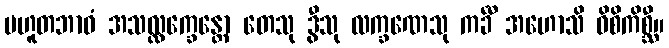
ပဟူတဘာဝံ အသလ္လက္ခေန္တော တေသု ဒွီသု လက္ခဏေသု ကင်္ခီ အဟောသိ ဝိစိကိစ္ဆီ။